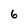
Character: 6